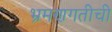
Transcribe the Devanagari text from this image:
भ्रमणगतीची